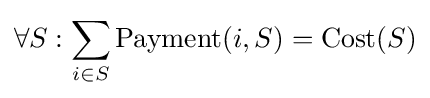
\forall S:\sum _{i\in S}{\text{Payment}}(i,S)={\text{Cost}}(S)